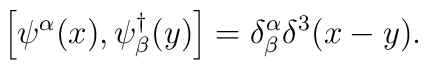
\left[  \psi^\alpha (x) , \psi^\dag _\beta (y)   \right] = \delta^\alpha_\beta \delta^3(x - y) .